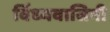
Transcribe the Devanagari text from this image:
विंध्‍यवासिनी